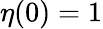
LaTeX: \eta(0)=1